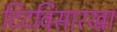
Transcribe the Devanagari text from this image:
टिटविसारखा